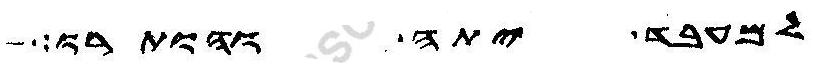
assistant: למעבד יתה והותרו